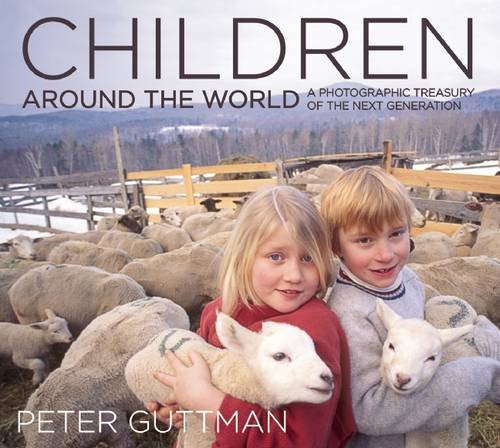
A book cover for Children Around the World: A Photographic Treasury of the Next Generation; Arts & Photography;